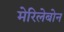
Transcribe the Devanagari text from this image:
मेरिलेबोन